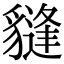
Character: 𧴂